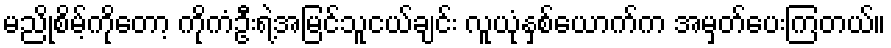
မညိုစိမ့်ကိုတော့ ကိုကံဦးရဲ့အမြင်သူငယ်ချင်း လူယုံနှစ်ယောက်က အမှတ်ပေးကြတယ်။